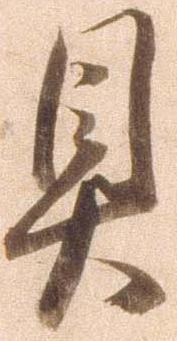
具